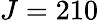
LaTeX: J=210